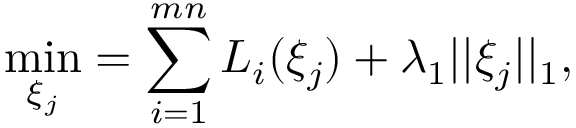
\operatorname* { m i n } _ { \xi _ { j } } = \sum _ { i = 1 } ^ { m n } L _ { i } ( \xi _ { j } ) + \lambda _ { 1 } | | \xi _ { j } | | _ { 1 } ,